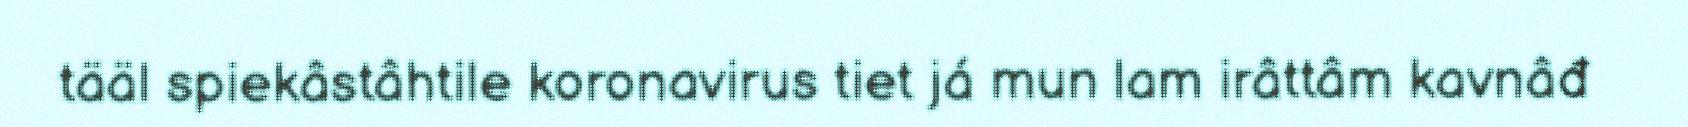
tääl spiekâstâhtile koronavirus tiet já mun lam irâttâm kavnâđ